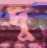
দু